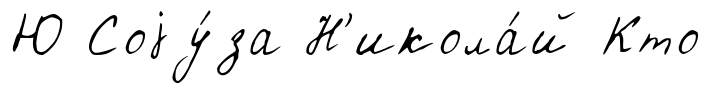
Ю Соjу́за Н'икола́й Кто